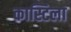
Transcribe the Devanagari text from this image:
कास्टिला